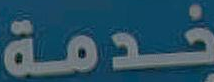
خدمة